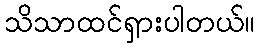
သိသာထင်ရှားပါတယ်။